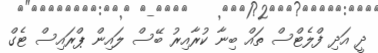
ދީ އަދި ފްލެޓްސް ތައް ބިނާ ކުރާއިރު ބޭސް ލައިން ޕްރައިސް ޓެގް